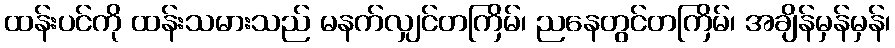
ထန်းပင်ကို ထန်းသမားသည် မနက်လျှင်တကြိမ်၊ ညနေတွင်တကြိမ်၊ အချိန်မှန်မှန်၊